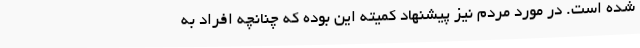
شده است. در مورد مردم نیز پیشنهاد کمیته این بوده که چنانچه افراد به